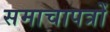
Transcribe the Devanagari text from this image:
समाचापत्रों